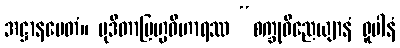
အဋ္ဌာနမေတံ။ မုဒိတာဗြဟ္မဝိဟာရဿ “စက္ခုဝိညေယျာနံ ရူပါနံ